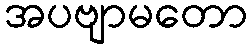
အပဗျာမတော